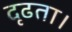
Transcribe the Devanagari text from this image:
दृढता।